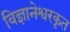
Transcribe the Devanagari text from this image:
विज्ञानेश्वरकृत